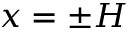
x = \pm H